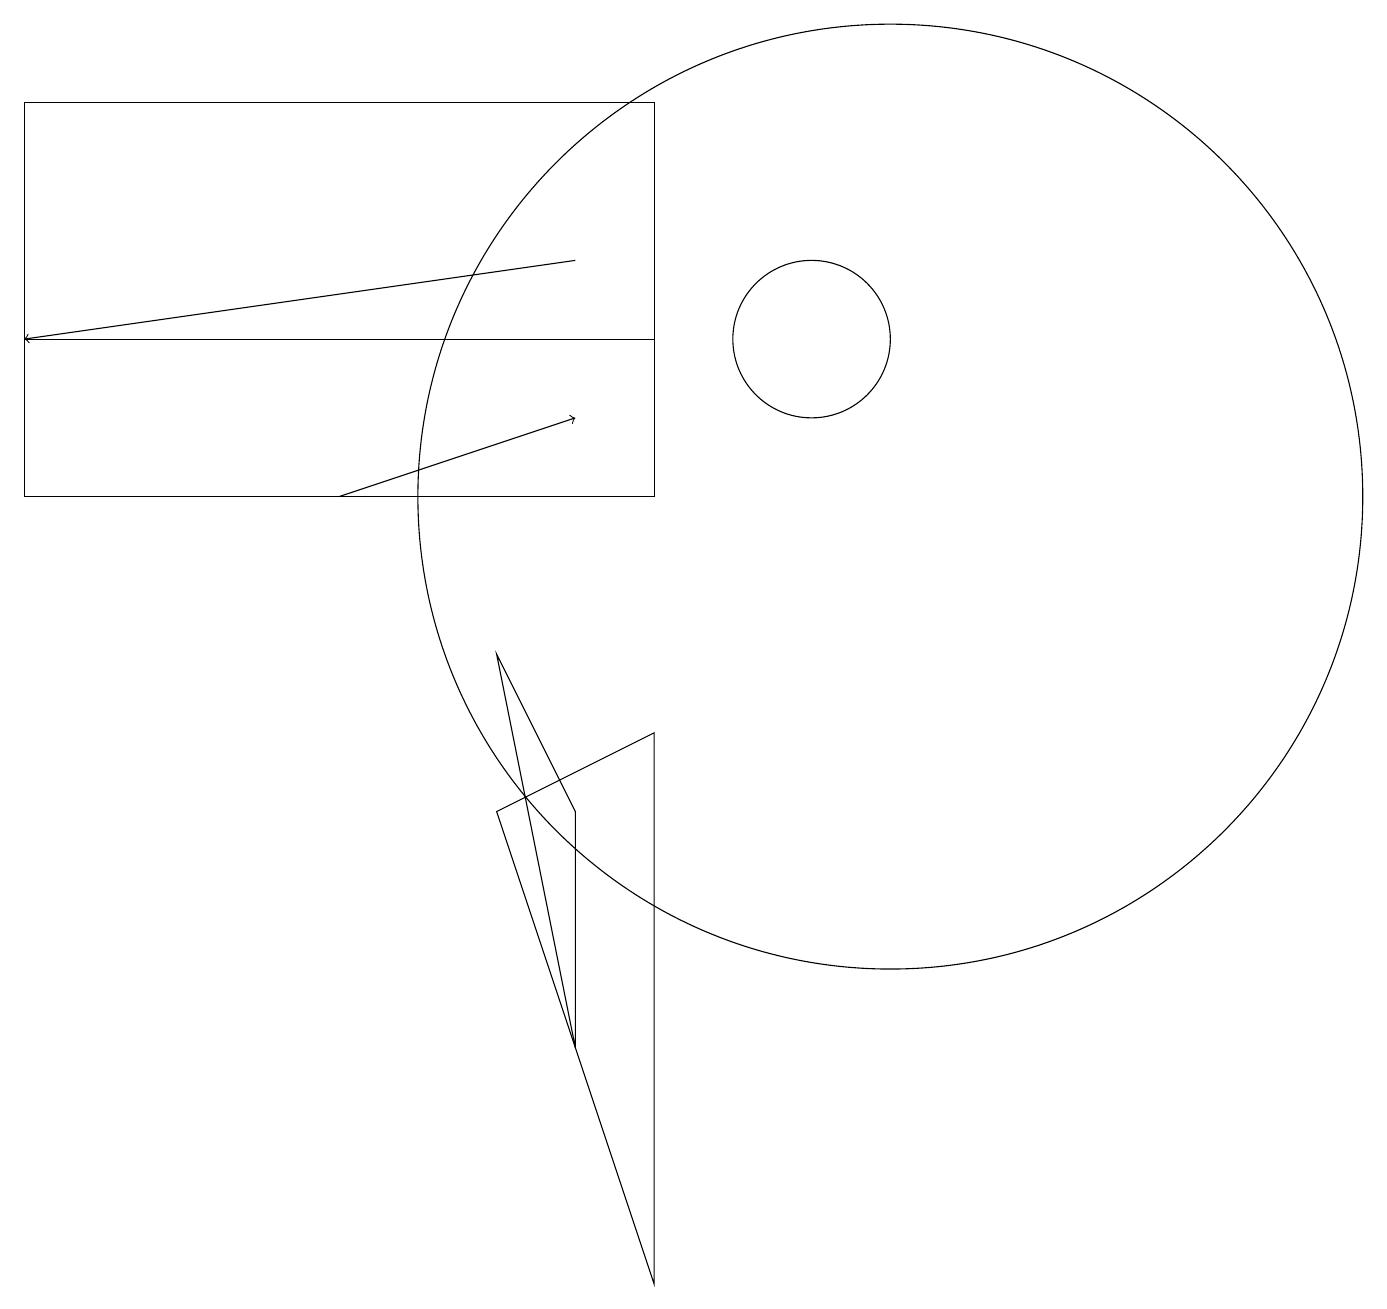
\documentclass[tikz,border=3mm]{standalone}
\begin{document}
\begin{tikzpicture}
\draw (7,6) -- (6,8) -- (7,3) -- cycle;
\draw (0,10) rectangle (8,12);
\draw[->] (7,13) -- (0,12);
\draw (0,10) rectangle (8,15);
\draw (6,6) -- (8,0) -- (8,7) -- cycle;
\draw (11,10) circle (6);
\draw[->] (4,10) -- (7,11);
\draw (10,12) circle (1);
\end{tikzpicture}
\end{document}